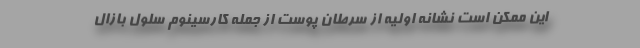
این ممکن است نشانه اولیه از سرطان پوست از جمله کارسینوم سلول بازال